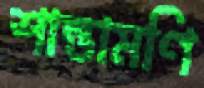
শান্তামণি